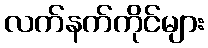
လက်နက်ကိုင်များ